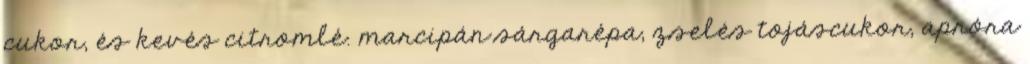
cukor, és kevés citromlé. marcipán sárgarépa, zselés tojáscukor, apróra